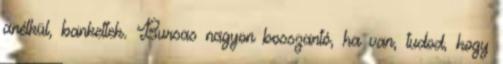
anélkül, bankettek. Bursas nagyon bosszantó, ha van, tudod, hogy